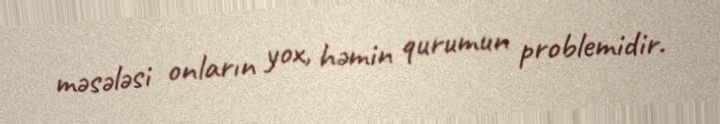
məsələsi onların yox, həmin qurumun problemidir.